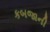
કબજાની